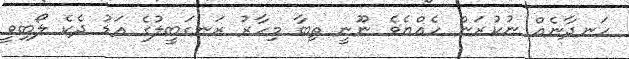
ހަނދާނެއް ނުކުރަން ހެއްޔެވެ ނޫނީ ތިބާ މިހާރު ރަނގަބީލުގެ އަޑު ދެކެ ލޯބިވީ